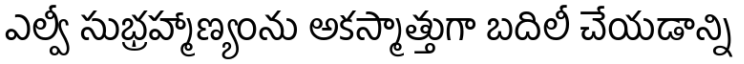
ఎల్వీ సుభ్రహ్మాణ్యంను అకస్మాత్తుగా బదిలీ చేయడాన్ని